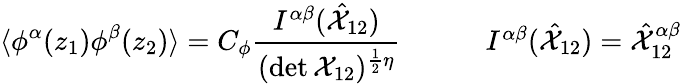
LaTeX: \begin{array}{cc}{{\displaystyle{\langle\phi^{\alpha}(z_{1})\phi^{\beta}(z_{2})\rangle=C_{\phi}\frac{I^{\alpha\beta}(\hat{{\cal X}}_{12})}{(\operatorname*{det}{\cal X}_{12})^{\frac{1}{2}\eta}}}~~~~}}&{{~~~~I^{\alpha\beta}(\hat{{\cal X}}_{12})=\hat{{\cal X}}_{12}^{\alpha\beta}}}\end{array}